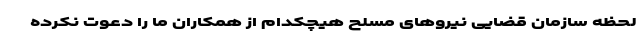
لحظه سازمان قضایی نیروهای مسلح هیچکدام از همکاران ما را دعوت نکرده